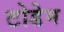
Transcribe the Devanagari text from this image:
टोडेम